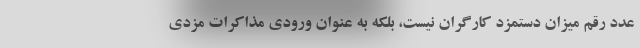
عدد رقم میزان دستمزد کارگران نیست، بلکه به عنوان ورودی مذاکرات مزدی